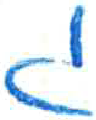
אות: ג